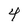
Character: 4